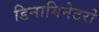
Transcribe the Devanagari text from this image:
डिनामिनेटरों